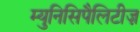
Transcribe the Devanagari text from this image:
म्युनिसिपैलिटीज़